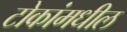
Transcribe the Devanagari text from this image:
टोकांमधील